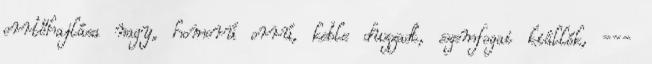
orrtőhajlása nagy, homorú orrú, keble duzzadt, szemfogai kiállók, ---